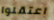
اعتقلوا